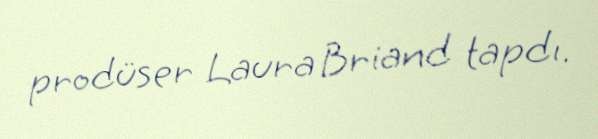
prodüser Laura Briand tapdı.